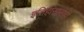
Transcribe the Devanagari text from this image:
इतिहासासही